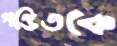
পণ্ডিতকে